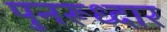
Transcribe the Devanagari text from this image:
पुनरूध्दार